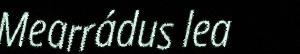
Mearrádus lea